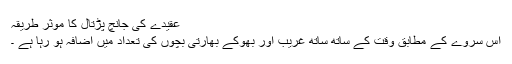
عقیدے کی جانچ پڑتال کا موثر طریقہ
اس سروے کے مطابق وقت کے ساتھ ساتھ غریب اور بھوکے بھارتی بچوں کی تعداد میں اضافہ ہو رہا ہے ۔